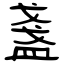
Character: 盞